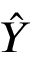
\hat { Y }